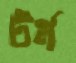
টর্ম